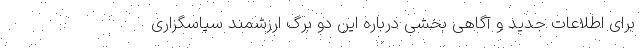
برای اطلاعات جدید و آگاهی بخشی درباره این دو برگ ارزشمند سپاسگزاری